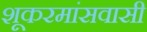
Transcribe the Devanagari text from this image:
शूकरमांसवासी